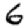
Digit: 6